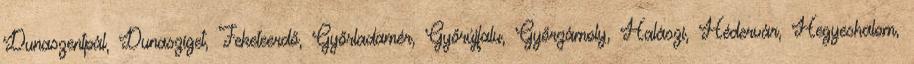
Dunaszentpál, Dunasziget, Feketeerdő, Győrladamér, Győrújfalu, Győrzámoly, Halászi, Hédervár, Hegyeshalom,